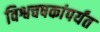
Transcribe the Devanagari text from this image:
विश्वचषकांपर्यंत